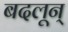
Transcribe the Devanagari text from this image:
बदलून्